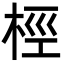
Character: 桱